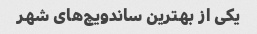
یکی از بهترین ساندویچ‌های شهر